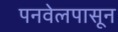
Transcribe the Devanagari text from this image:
पनवेलपासून